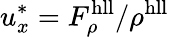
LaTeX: u_{x}^{*}=F_{\rho}^{\mathrm{hll}}/\rho^{\mathrm{hll}}